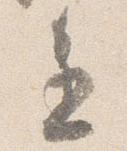
進